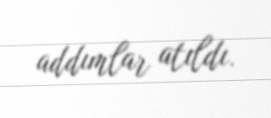
addımlar atıldı.